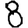
Digit: 8